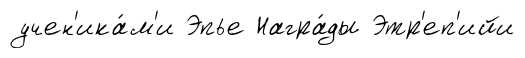
учен'ика́м'и Эпье Награ́ды Этр'еп'ийи